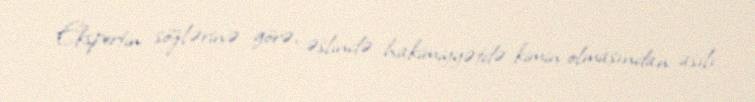
Ekspertin sözlərinə görə, əslində hakimiyyətdə kimin olmasından asılı